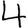
Digit: 4